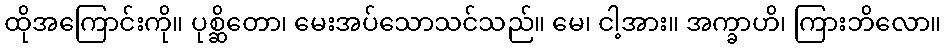
ထိုအကြောင်းကို။ ပုစ္ဆိတော၊ မေးအပ်သောသင်သည်။ မေ၊ ငါ့အား။ အက္ခာဟိ၊ ကြားဘိလော။